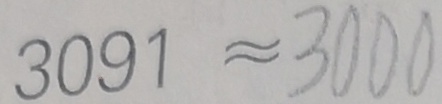
3 0 9 1 \approx 3 0 0 0